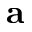
\mathbf a